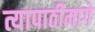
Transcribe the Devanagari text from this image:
त्यापाठीमागे